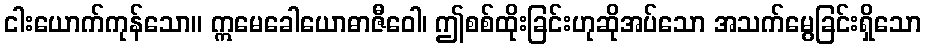
ငါးယောက်ကုန်သော။ ဣမေခေါယောဓာဇီဝေါ၊ ဤစစ်ထိုးခြင်းဟုဆိုအပ်သော အသက်မွေခြင်းရှိသော